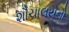
શૌચાલયનો